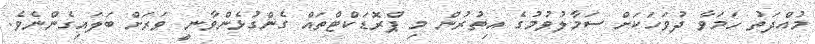
މުއްދަތު ހަމަވާ ދުވަހަކަށް ސަމާލުވުމުގެ އިތުރުން މި ޕްރޮޑަކްޓްތައް ގެންގުޅެންވާނީ ވަރަށް ބަލައިގެންނެވެ.